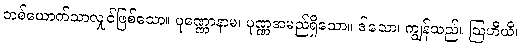
တစ်ယောက်သာလျှင်ဖြစ်သော။ ပုဏ္ဏောနာမ၊ ပုဏ္ဏအမည်ရှိသော။ ဒါသော၊ ကျွန်သည်။ ဩဟီယိ၊